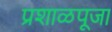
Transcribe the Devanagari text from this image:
प्रशाळपूजा